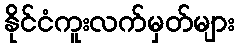
နိုင်ငံကူးလက်မှတ်များ